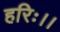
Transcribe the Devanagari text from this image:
हरिः।।